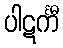
ပါဋင်္ကီ